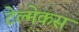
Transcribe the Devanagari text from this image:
टेल्मेकस